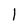
Character: l